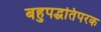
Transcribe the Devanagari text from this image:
बहुपद्धतिपरक